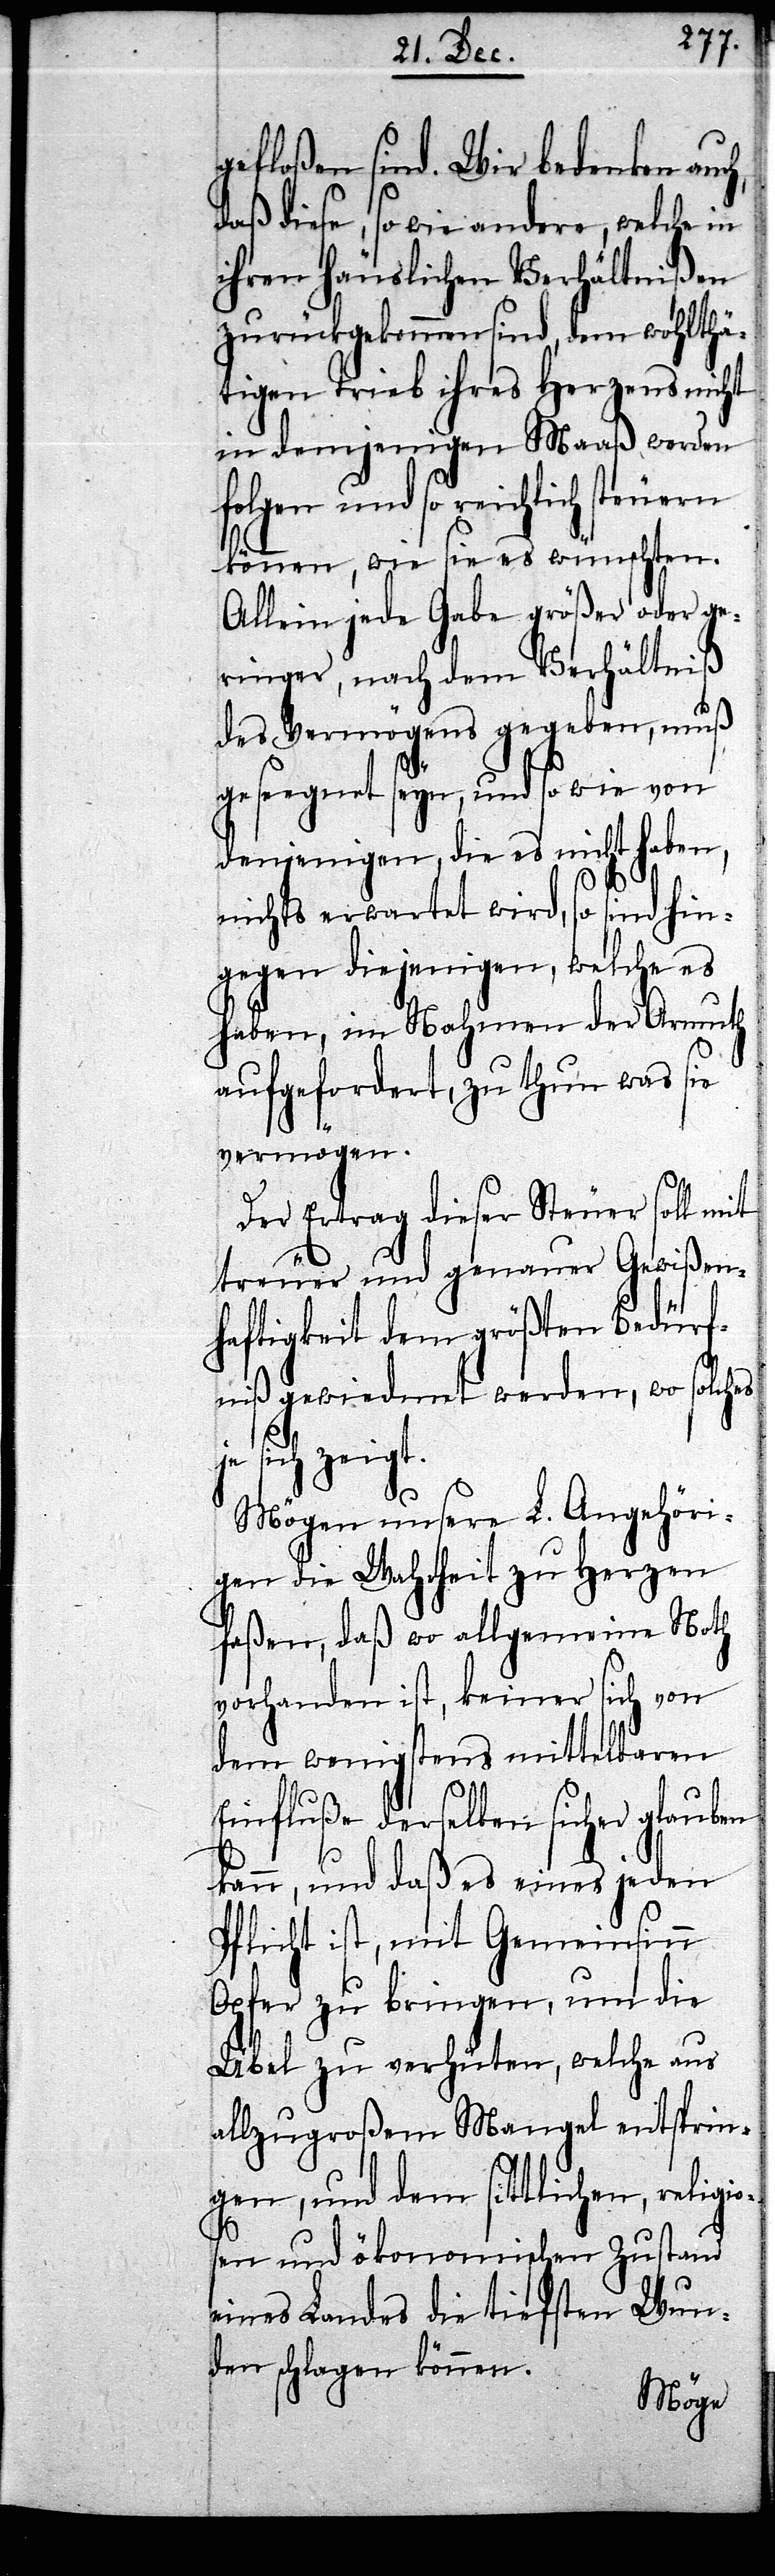
gefloßen sind. Wir bedenken auch,
daß diese, so wie andere, welche in
ihren häuslichen Verhältnißen
zurückgekommen sind, dem wohlthä¬
tigen Trieb ihres Herzens nicht
in demjenigen Maaß werden
folgen und so reichlich steuern
können, wie sie es wünschten.
Allein jede Gabe größer oder ge¬
ringer, nach dem Verhältniß
des Vermögens gegeben, muß
geseegnet seyn, und so wie von
denjenigen, die es nicht haben,
nichts erwartet wird, so sind hin¬
gegen diejenigen, welche es
haben, im Nahmen der Armuth
aufgefordert, zu htun was sie
vermögen.
Der Ertrag dieser Steuer soll mit
treuer und genauer Gewißen¬
haftigkeit dem größten Bedürf¬
niß gewiedmet werden, wo solches
sich zeigt.
Mögen unsere L. Angehöri¬
gen die Wahrheit zu Herzen
faßen, daß wo allgemeine Noth
vorhanden ist, keiner sich von
dem wenigstens mittelbaren
Einfluße derselben sicher glauben
kann, und daß es eines jeden
Pflicht ist, mit Gemeinsinn
Opfer zu bringen, um die
Übel zu verhüten, welche aus
allzugroßem Mangel entsprin¬
gen, und dem sittlichen, religi¬
und ökonomischen Zustand
eines Landes die tiefsten Wun¬
den schlagen können.
osen